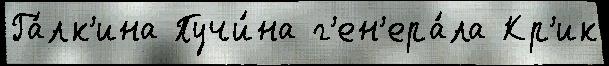
Га́лк'ина Пучи́на г'ен'ера́ла Кр'ик